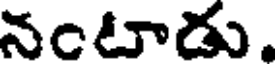
నంటాడు.